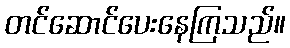
တင်ဆောင်ပေးနေကြသည်။